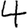
Digit: 4